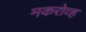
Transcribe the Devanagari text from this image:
मकरोव्ह